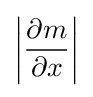
\left\vert {\frac {\partial m}{\partial x}}\right\vert